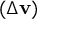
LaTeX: ( \Delta \mathbf { v } )